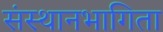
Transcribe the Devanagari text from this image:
संस्थानभागिता